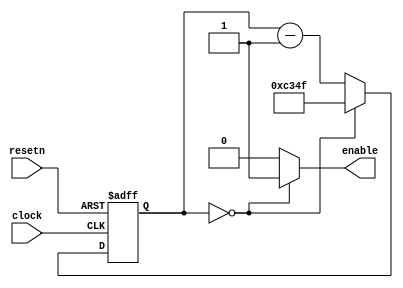
module Ratedivider (
	input clock,
	input resetn,
	output enable
	);
	reg [28:0] q;

	assign enable = (q == 28'd0) ? 1 : 0;
	
	always @(posedge clock, negedge resetn)
	begin
		if (resetn == 1'b0)
			q <= (28'd50_000 - 1);
		else if (q == 0)
			q <= (28'd50_000 - 1);
		else
			q <= (q - 1'b1);
	end
endmodule